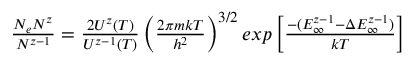
\begin{array} { r } { \frac { N _ { e } N ^ { z } } { N ^ { z - 1 } } = \frac { 2 U ^ { z } ( T ) } { U ^ { z - 1 } ( T ) } \left( \frac { 2 \pi m k T } { h ^ { 2 } } \right) ^ { 3 / 2 } e x p \left[ \frac { - ( E _ { \infty } ^ { z - 1 } - \Delta E _ { \infty } ^ { z - 1 } ) } { k T } \right] } \end{array}